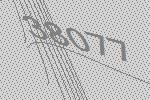
38077